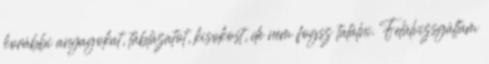
korábbi anyagokat, táblázatot, kisokost, de nem fogsz találni. Felülvizsgáltam